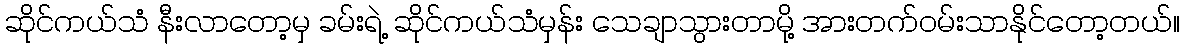
ဆိုင်ကယ်သံ နီးလာတော့မှ ခမ်းရဲ့ ဆိုင်ကယ်သံမှန်း သေချာသွားတာမို့ အားတက်ဝမ်းသာနိုင်တော့တယ်။